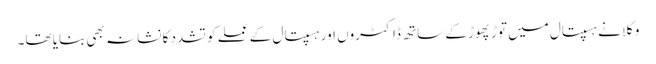
وکلا نے ہسپتال میں توڑ پھوڑ کے ساتھ ڈاکٹروں اور ہسپتال کے عملے کو تشدد کا نشانہ بھی بنایا تھا۔